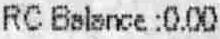
RC BALANCE : 0.00